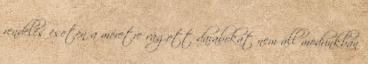
rendelés esetén a méretre vágott darabokat nem áll módunkban